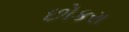
છોકરા